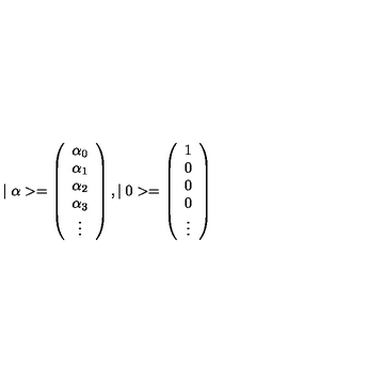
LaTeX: \mid \alpha > = \left( \begin{array} { c } { \alpha _ { 0 } } \\ { \alpha _ { 1 } } \\ { \alpha _ { 2 } } \\ { \alpha _ { 3 } } \\ { \vdots } \\ \end{array} \right) , \mid 0 > = \left( \begin{array} { c } { 1 } \\ { 0 } \\ { 0 } \\ { 0 } \\ { \vdots } \\ \end{array} \right)